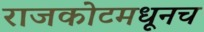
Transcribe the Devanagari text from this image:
राजकोटमधूनच